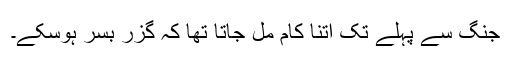
جنگ سے پہلے تک اتنا کام مل جاتا تھا کہ گزر بسر ہوسکے۔